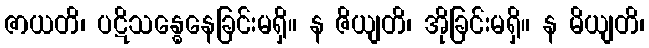
ဇာယတိ၊ ပဋိသန္ဓေနေခြင်းမရှိ။ န ဇိယျတိ၊ အိုခြင်းမရှိ။ န မိယျတိ၊